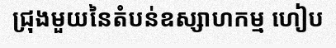
ជ្រុងមួយនៃតំបន់ឧស្សាហកម្ម ហៀប